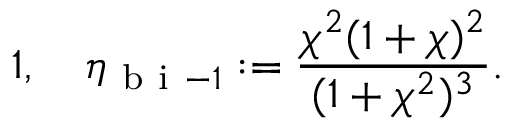
1 , \quad \eta _ { \mathrm { ~ b ~ i ~ } - 1 } : = \frac { \chi ^ { 2 } ( 1 + \chi ) ^ { 2 } } { ( 1 + \chi ^ { 2 } ) ^ { 3 } } .